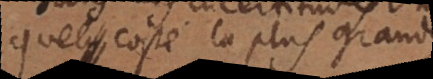
quel costé la plus grande